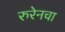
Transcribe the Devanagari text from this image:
रुरेनचा